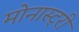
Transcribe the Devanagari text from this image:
मोनास्ट्री